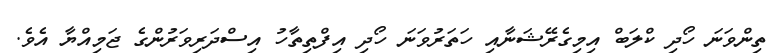
ތިންވަނަ ހޯދި ކްލަބް އިމިގެރޭޝަނާއި ހަތަރުވަނަ ހޯދި އިފްތިތާހު އިސްދަރިވަރުންގެ ޖަމިއްޔާ އެވެ.